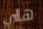
هااي